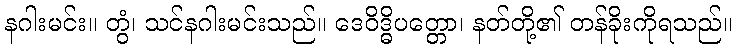
နဂါးမင်း။ တွံ၊ သင်နဂါးမင်းသည်။ ဒေဝိဒ္ဓိပတ္တော၊ နတ်တို့၏ တန်ခိုးကိုရသည်။